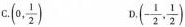
C. (0, \frac{1}{2}) D.(- \frac{1}{2}, \frac{1}{2})